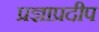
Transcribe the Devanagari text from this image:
प्रज्ञाप्रदीप